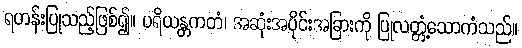
ရဟန်းပြုသည့်ဖြစ်၍။ ပရိယန္တကတံ၊ အဆုံးအပိုင်းအခြားကို ပြုလတ္တံ့သောကံသည်။